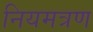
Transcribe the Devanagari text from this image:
नियमत्रण